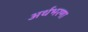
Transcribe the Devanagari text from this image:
अर्थभरणा